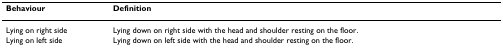
<table><thead><tr><td><b>Behaviour</b></td><td><b>Definition</b></td></tr></thead><tbody><tr><td>Lying on right side</td><td>Lying down on right side with the head and shoulder resting on the floor.</td></tr><tr><td>Lying on left side</td><td>Lying down on left side with the head and shoulder resting on the floor.</td></tr></tbody></table>